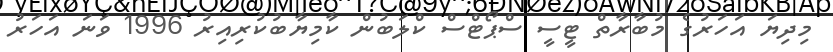
މިދިޔަ އަހަރުގެ މުބާރާތް ޓީސީ ސްޕޯޓްސް ކްލަބުން ކާމިޔާބުކުރިއިރު 1996 ވަނަ އަހަރު